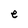
Character: e